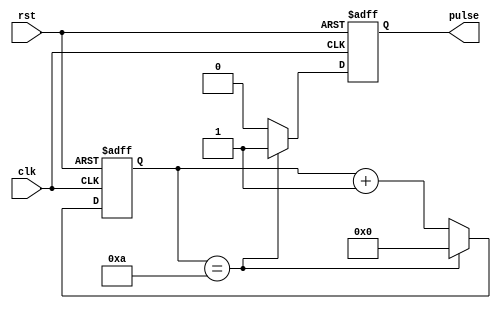
module Rising_Edge_Pulse_Generator (
    input wire clk,
    input wire rst,
    output reg pulse
);

parameter THRESHOLD = 10; // Predefined threshold value for counter comparison
reg [3:0] counter; // 4-bit counter for time intervals

always @(posedge clk or posedge rst) begin
    if (rst) begin
        counter <= 0;
        pulse <= 0;
    end else begin
        if (counter == THRESHOLD) begin
            pulse <= 1;
            counter <= 0;
        end else begin
            pulse <= 0;
            counter <= counter + 1;
        end
    end
end

endmodule